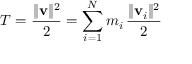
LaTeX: T = { \frac { \Vert \mathbf { v } \Vert ^ { 2 } } { 2 } } = \sum _ { i = 1 } ^ { N } m _ { i } \, { \frac { \Vert \mathbf { v } _ { i } \Vert ^ { 2 } } { 2 } }